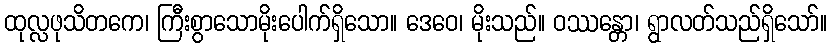
ထုလ္လဖုသိတကေ၊ ကြီးစွာသောမိုးပေါက်ရှိသော။ ဒေဝေ၊ မိုးသည်။ ဝဿန္တော၊ ရွာလတ်သည်ရှိသော်။